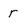
Character: r